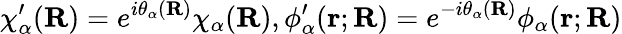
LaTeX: {\chi_{\alpha}^{\prime}}(\mathbf R)=e^{i\theta_{\alpha}(\mathbf R)}{\chi_{\alpha}(\mathbf R)},{\phi_{\alpha}^{\prime}}(\mathbf r;\mathbf R)=e^{-i\theta_{\alpha}(\mathbf R)}{\phi_{\alpha}}(\mathbf r;\mathbf R)